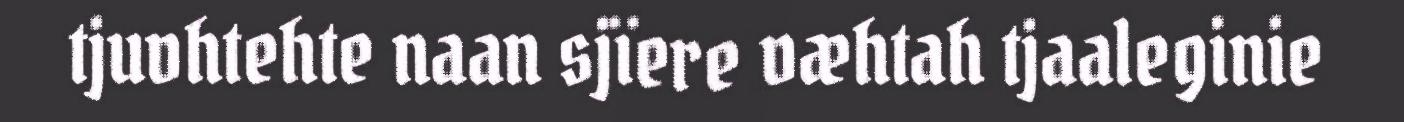
tjuvhtehte naan sjïere væhtah tjaaleginie